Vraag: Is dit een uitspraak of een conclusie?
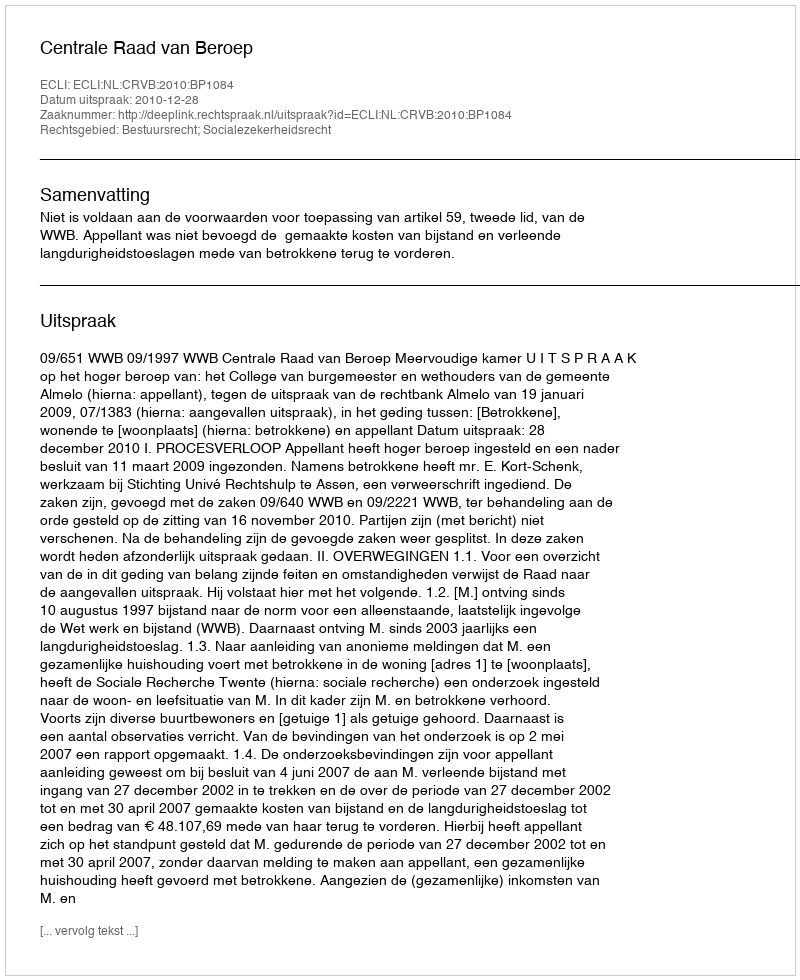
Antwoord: Uitspraak